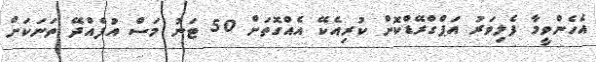
އެހެންވީމާ ފެލިވަރު އަޕްގްރޭޑްކޮށް ކުރިއެކޭ އެއްގޮތަށް 50 ޓަނު މަސް އުފެއްދޭ ތަނަކަށް